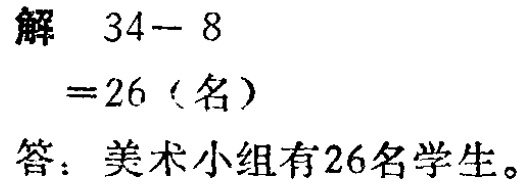
解 \(34 - 8\)

\(= 26\)（名）

答：美术小组有26名学生。